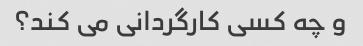
و چه کسی کارگردانی می کند؟